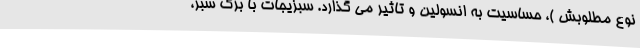
نوع مطلوبش )، حساسیت به انسولین و تاثیر می گذارد. سبزیجات با برگ سبز،